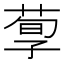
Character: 𱽸